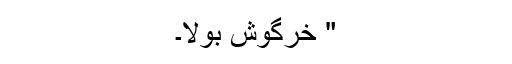
" خرگوش بولا۔